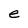
Character: e